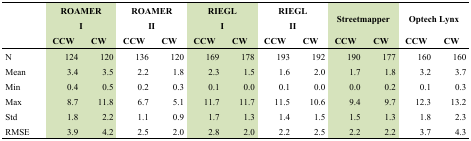
| <ROWSPAN=2>  | <COLSPAN=2> ROAMER I | <COLSPAN=2> ROAMER II | <COLSPAN=2> RIEGL I | <COLSPAN=2> RIEGL II | <COLSPAN=2> Streetmapper | <COLSPAN=2> Optech Lynx |
 | CCW | CW | CCW | CW | CCW | CW | CCW | CW | CCW | CW | CCW | CW |
 | --- | --- | --- | --- | --- | --- | --- | --- | --- | --- | --- | --- | --- |
 | N | 124 | 120 | 136 | 120 | 169 | 178 | 193 | 192 | 190 | 177 | 160 | 160 |
 | Mean | 3.4 | 3.5 | 2.2 | 1.8 | 2.3 | 1.5 | 1.6 | 2.0 | 1.7 | 1.8 | 3.2 | 3.7 |
 | Min | 0.4 | 0.5 | 0.2 | 0.3 | 0.1 | 0.0 | 0.1 | 0.0 | 0.0 | 0.2 | 0.1 | 0.3 |
 | Max | 8.7 | 11.8 | 6.7 | 5.1 | 11.7 | 11.7 | 11.5 | 10.6 | 9.4 | 9.7 | 12.3 | 13.2 |
 | Std | 1.8 | 2.2 | 1.1 | 0.9 | 1.7 | 1.3 | 1.4 | 1.5 | 1.5 | 1.3 | 1.8 | 2.3 |
 | RMSE | 3.9 | 4.2 | 2.5 | 2.0 | 2.8 | 2.0 | 2.2 | 2.5 | 2.2 | 2.2 | 3.7 | 4.3 |